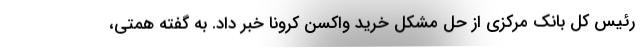
رئیس کل بانک مرکزی از حل مشکل خرید واکسن کرونا خبر داد. به گفته همتی،